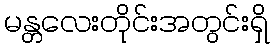
မန္တလေးတိုင်းအတွင်းရှိ